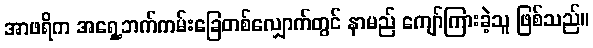
အာဖရိက အရှေ့ဘက်ကမ်းခြေတစ်လျှောက်တွင် နာမည် ကျော်ကြားခဲ့သူ ဖြစ်သည်။